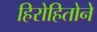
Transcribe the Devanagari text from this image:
हिरोहितोने